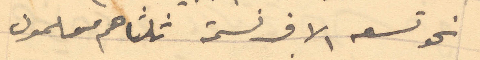
نحو تسعه الاف نسمة ثلثاهم مسلمون